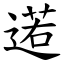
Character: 逽